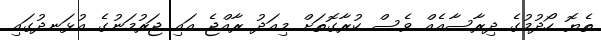
ތެޔޮ ހޯދުމުގެ ދިރާސާއެއް ވެސް ކުރާގޮތަށް މިއަދު ރާއްޖެ އައި ޖަރުމަނުގެ އުޅަނދުގައި